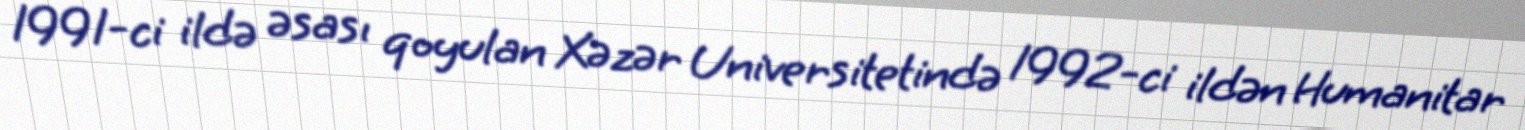
1991-ci ildə əsası qoyulan Xəzər Universitetində 1992-ci ildən Humanitar